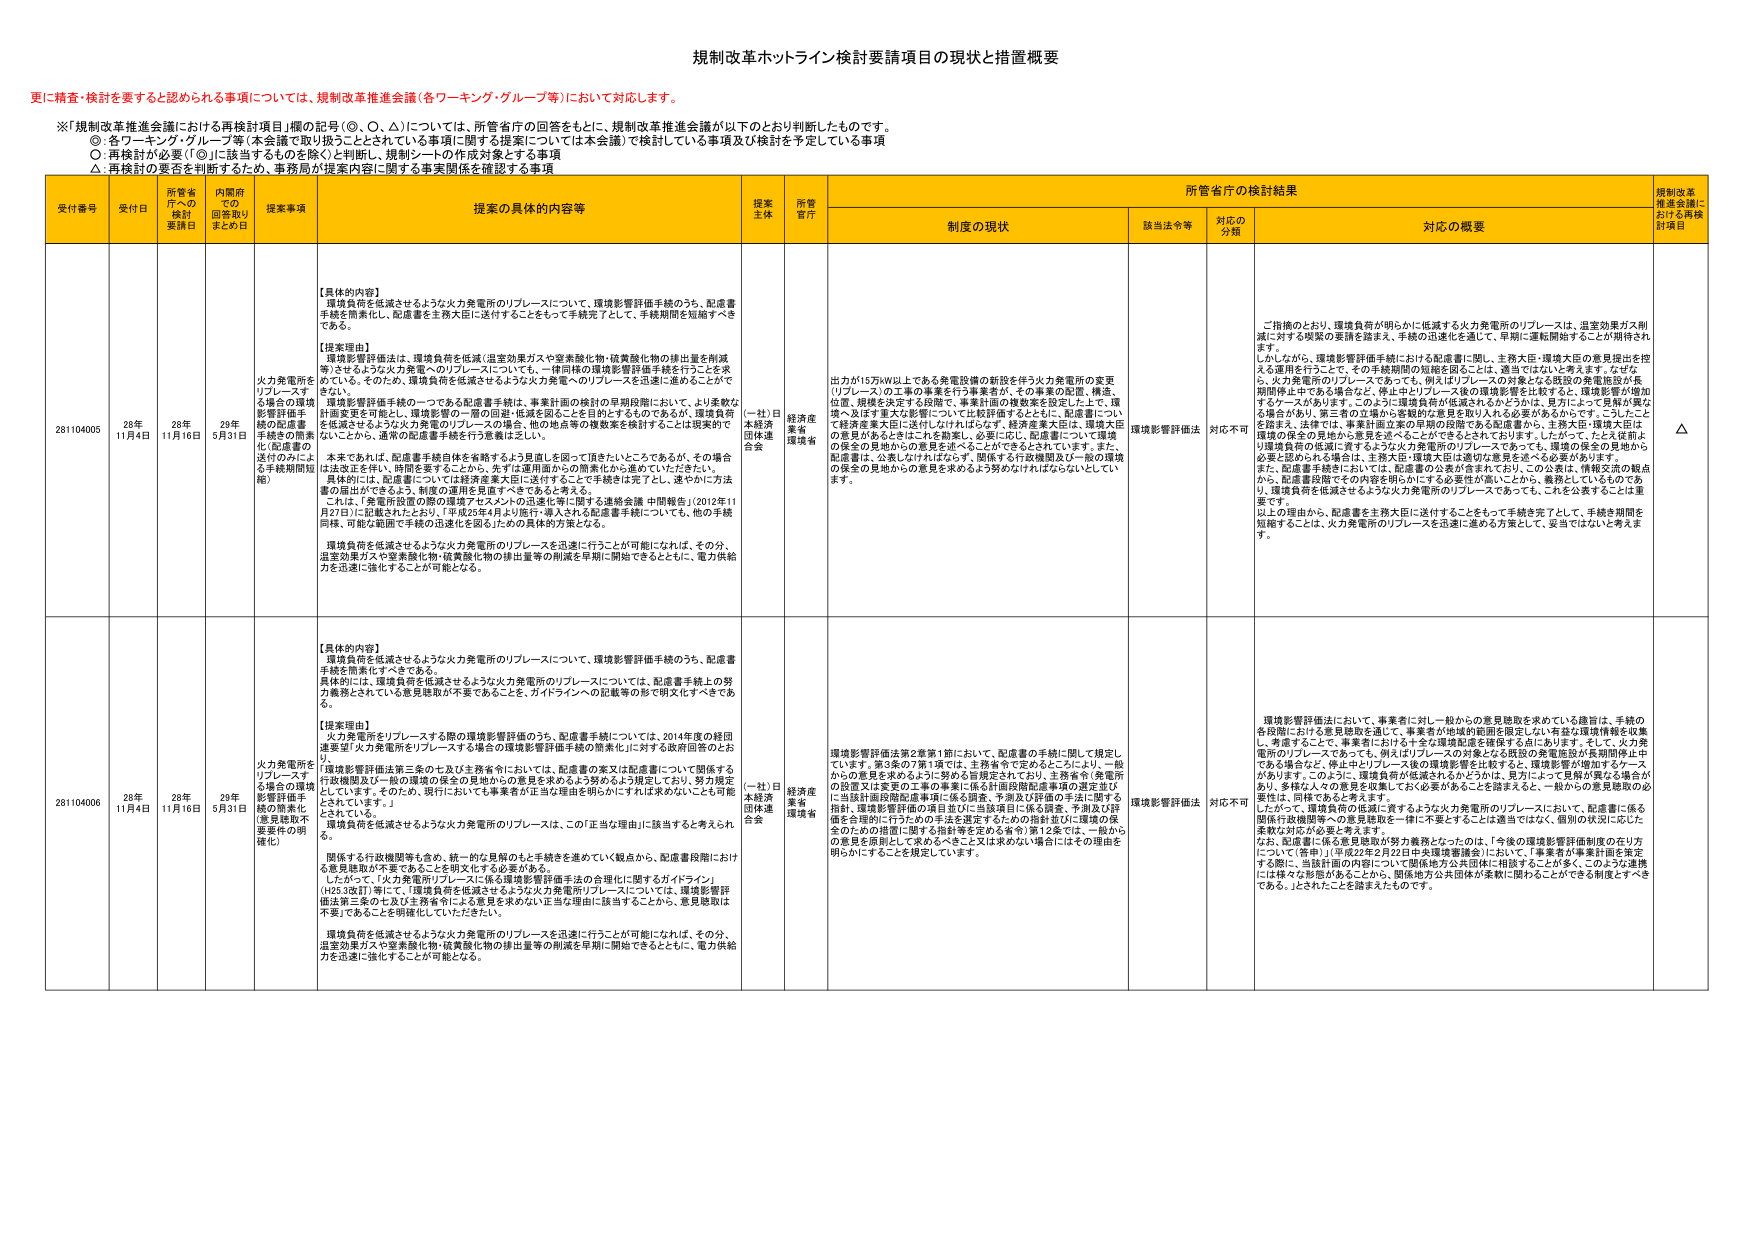
規制改革ホットライン検討要請項目の現状と措置概要

更に精査・検討を要すると認められる事項については、規制改革推進会議（各ワーキンググループ等）において対応します。

※「規制改革推進会議における再検討項目」欄の記号（○、◎、△）については、所管省庁の回答をもとに、規制改革推進会議が以下のとおり判断したものです。
○：各ワーキング・グループ等（本会議で取り扱うこととされている事項に関する提案については本会議）で検討している事項及び検討を予定している事項
◎：再検討が必要（「◎」に該当するものを除く）と判断し、規制シートの作成対象とする事項
△：再検討の要否を判断するため、事務局が提案内容に関する事実関係を確認する事項

受付番号　受付日　所管省庁への検討要請日　内閣府での回答取りまとめ日　提案事項　提案の具体的内容等　提案主体　所管省庁　所管省庁の検討結果　規制改革推進会議における再検討項目

制度の現状　該当法令等　対応の分類　対応の概要

281104005　28年11月4日　28年11月16日　29年5月31日　火力発電所をリプレースする場合の環境影響評価手続の配慮書手続きの簡素化（配慮書の送付のたとえ手続期間短縮）　【具体的內容】
環境負荷を低減させるような火力発電所のリプレースについて、環境影響評価手続のうち、配慮書手続きを簡素化し、配慮書を主務大臣に送付することをもって手続完了として、手続期間を短縮すべきである。
【提案理由】
環境影響評価法は、環境負荷を低減（温室効果ガスや窒素酸化物・硫黄酸化物の排出量を削減等）させるような火力発電へのリプレースについても、一律同様の環境影響評価手続を行うことを求めている。そのため、環境負荷を低減させるような火力発電へのリプレースを迅速に進めることのできる。
環境影響評価手続の一つである配慮書手続は、事業計画の検討の早期段階において、より柔軟な計画変更を可能とし、環境影響の一部の回避・低減を図ることを目的とするものであるが、環境負荷を低減させるような火力発電のリプレースの場合、他の地点等の複数案を検討することに現実的でないことが、通常の配慮書手続を行う意義は乏しい。
本来であれば、配慮書手続自体を省略するよう見直しを図って頂きたいところであるが、その場合は法改正を伴い、時間を要することから、先ずは運用面からの簡素化から進めていただきたい。
具体的には、配慮書については環境省審大臣に送付することを手続を完了とし、速やかに方法書の届出ができるよう、制度の運用を見直すべきであると考える。
これは、「発電所設置の際の環境アセスメントの迅速化等に関する連絡会議 中間報告」（2012年11月27日）に記載されたとおり、「平成25年4月より施行・導入される配慮書手続についても、他の手続同様、可能な範囲で手続の迅速化を図るための具体的方策となる。
環境負荷を低減させるような火力発電所のリプレースを迅速に行うことが可能になれば、その分、温室効果ガスや窒素酸化物・硫黄酸化物の排出量等の削減を早期に開始できることも、電力供給力も迅速に強化することが可能となる。　（一社）日本経済団体連合会　経済産業省環境省　出力が15万kW以上である発電設備の新設を伴う火力発電所の変更（リプレース）の工事の事業を行う事業者が、その事業の配置、構造、位置、規模を決定する段階で、事業計画の複数案を設定した上で、環境へ及ぼす重大な影響については検討するとともに、配慮書について環境省審大臣に送付しなければならず、経済産業大臣は、環境大臣の意見があるときにこれを勘案し、必要に応じ、配慮書について環境の保全の見地からの意見を述べることができるとされている。また、配慮書は、公表しなければならず、関係する行政機関及び一般の環境の保全の見地からの意見を求めるよう努めなければならないとしている。　環境影響評価法　対応不可　二指摘のとおり、環境負荷が明らかに低減する火力発電所のリプレースは、温室効果ガス削減に対する喫緊の要請を踏まえ、手続の迅速化を通じて、早期に運転開始することが期待されます。
しかしながら、環境影響評価手続における配慮書に関して、主務大臣・環境大臣の意見提出を控える運用を行うことで、その手続期間の短縮を図ることは、適当ではないと考えます。なぜなら、火力発電所のリプレースであっても、例えばリプレースの対象となる既設の発電施設が長期間停止中である場合など、停止中よりリプレース後の環境影響を比較すると、環境影響が増加するケースがあります。このように環境負荷が低減されるかどうかは、見方によって見解が異なる場合があり、第三者の立場から客観的な意見を取り入れる必要があるからです。こうしたことを踏まえ、法律では、事業計画立案の早期の段階である配慮書から、主務大臣・環境大臣は環境の保全の見地から意見を述べることができるとされています。したがって、たとえ従前より環境負荷の低減に資するような火力発電所のリプレースであっても、環境の保全の見地から必要な見地からの意見は、主務大臣・環境大臣は速やか意見を述べる必要があります。
また、配慮書手続においては、配慮書の公表が要求されており、この公表は、情報交流の観点から、配慮書段階でその内容を明らかにする必要性が高く、これから、義務としているものであり、環境負荷を低減させるような火力発電所のリプレースであっても、これを公表することは重要です。
以上の理由から、配慮書を主務大臣に送付することをもって手続を完了として、手続を期間を短縮することは、火力発電所のリプレースを迅速に進める方策として、妥当ではないと考えます。　△

281104006　26年11月4日　26年11月16日　29年5月31日　火力発電所をリプレースする場合の環境影響評価手続の簡素化（意見聴取不要要件の明確化）　【具体的內容】
環境負荷を低減させるような火力発電所のリプレースについて、環境影響評価手続のうち、配慮書手続を簡素化すべきである。
具体的には、環境負荷を低減させるような火力発電所のリプレースについては、配慮書手続上の努力義務とされている意見聴取が不要であることを、ガイドラインへの記載等の形で明文化すべきである。
【提案理由】
火力発電所をリプレースする際の環境影響評価のうち、配慮書手続については、2014年度の経団連要望「火力発電所をリプレースする場合の環境影響評価手続の簡素化」に対する政府回答のとおり、「環境影響評価法第三条の七及び主務省令においては、配慮書の案又は配慮書について関係する行政機関及び一般の環境の保全の見地からの意見を求めるよう努めるよう規定しており、努力規定としています。そのため、現行においても事業者が正当な理由を明らかにすれば求めないことも可能とされています。」
環境負荷を低減させるような火力発電所のリプレースは、この「正当な理由に」該当すると考えられる。
関係する行政機関等も含め、統一的な見解のもと手続きを進めていく観点から、配慮書段階における意見聴取が不要であることを明文化する必要がある。
したがって、「火力発電所リプレースに係る環境影響評価手続の合理化に関するガイドライン」（H25.3年訂）等にて、「環境負荷を低減させるような火力発電所リプレースについては、環境影響評価法第三条の七及び主務省令による意見を求めない正当な理由に該当することから、意見聴取は不要であることを明確化していただきたい。
環境負荷を低減させるような火力発電所のリプレースを迅速に行うことが可能になれば、その分、温室効果ガスや窒素酸化物・硫黄酸化物の排出量等の削減を早期に開始できることも、電力供給力を迅速に強化することが可能となる。　（一社）日本経済団体連合会　経済産業省環境省　環境影響評価法第2章第1節において、配慮書の手続に関して規定しています。第3条の7第1項では、主務省令で定めるところにより、一般からの意見を求めるように努める旨規定されており、主務省令（発電所の設置又は変更の工事の事業に係る計画段階配慮事項の選定並びに当該計画段階配慮事項に係る調査、予測及び評価の手法に関する指針、環境影響評価の項目並びに当該項目に係る調査、予測及び評価を合理的に行うための手法を選定するための指針並びに環境の保全のための措置に関する指針等を定める省令）第12条では、一般からの意見を原則として求めるべきこと又は求めない場合にはその理由を明らかにすることを規定しています。　環境影響評価法　対応不可　環境影響評価法において、事業者に対し一般からの意見聴取を求めるのは趣旨は、手続の各段階における意見聴取を通じて、事業者が地域的観点を限定しない有意な環境情報を収集・考慮することで、事業者における十分な環境配慮を確保する点にあります。そして、火力発電所のリプレースであっても、例えばリプレースの対象となる既設の発電施設が長期間停止中である場合など、停止中よりリプレース後の環境影響を比較すると、環境影響が増加するケースがあります。このように、環境負荷が低減されるかどうかは、見方によって見解が異なる場合があり、多様な人々の意見を収集しておく必要があることを踏まえると、一般からの意見聴取の必要性は、同様であると考えます。
したがって、環境負荷の低減に資するような火力発電所のリプレースにおいて、配慮書に係る関係行政機関等への意見聴取を一律に不要とすることは適当ではなく、個別の状況に応じた柔軟な対応が必要と考えます。
なお、配慮書に係る意見聴取が努力義務となったのは、「今後の環境影響評価制度の在り方について（答申）」（平成22年2月22日中央環境審議会）において、「事業者が事業計画を策定する際に、当該計画の内容について関係地方公共団体に相談することが多く、このような連携には様々な形態があることから、関係地方公共団体が柔軟に関わることができる制度とするべきである。」とされたことを踏まえたものです。